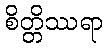
စိတ္တိဿရာ